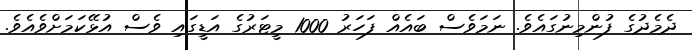
ދެމެދުގެ ފުންމިނުގައެވެ. ނަމަވެސް ބައެއް ފަހަރު 1000 މީޓަރުގެ އަޑީގައި ވެސް އުޅޭކަމަށްވެއެވެ.